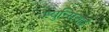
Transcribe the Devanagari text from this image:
म्युन्सिआई